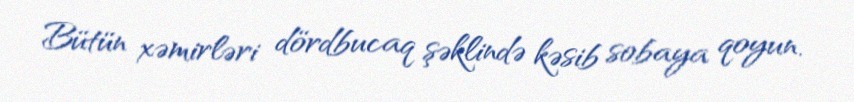
Bütün xəmirləri dördbucaq şəklində kəsib sobaya qoyun.